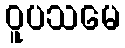
ဝူပသမေ